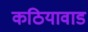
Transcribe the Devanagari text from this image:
कठियावाड